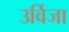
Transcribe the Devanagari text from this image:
उर्विजा